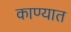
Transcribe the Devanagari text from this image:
काण्यात